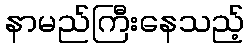
နာမည်ကြီးနေသည့်